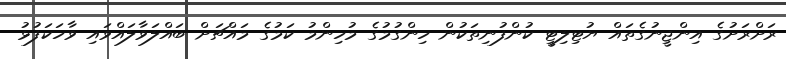
ރަށްރަށުގެ އިންޖީނުގެތައް ޔުޓިލިޓީ ކުންފުނިތަކުން ހިންގުމުގެ މުހިންމު ކަމުގެ މައްޗަށް ބައްލަވާލައްވައި ވާހަކަފުޅު